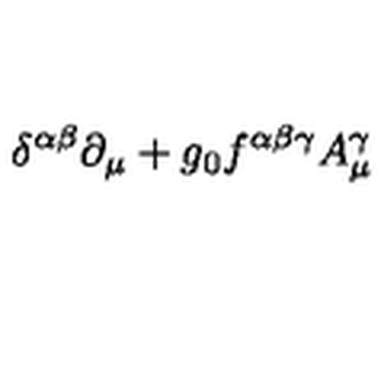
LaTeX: \delta ^ { \alpha \beta } \partial _ { \mu } + g _ { 0 } f ^ { \alpha \beta \gamma } A _ { \mu } ^ { \gamma }